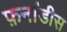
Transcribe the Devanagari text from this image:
फ़र्नांडीस